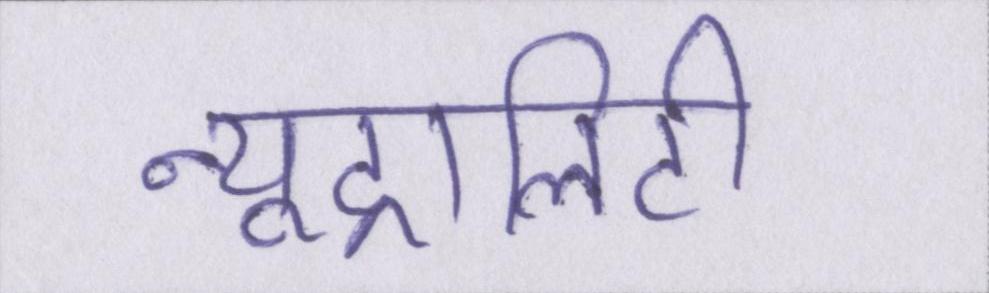
न्यूट्रालिटी